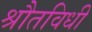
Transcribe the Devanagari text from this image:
श्रौतविधी